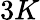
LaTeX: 3K